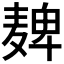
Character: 𫜔